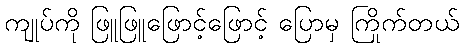
ကျုပ်ကို ဖြူဖြူဖြောင့်ဖြောင့် ပြောမှ ကြိုက်တယ်